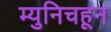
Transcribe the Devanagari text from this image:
म्युनिचहून